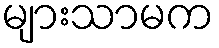
များသာမက